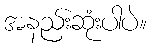
အနည်းဆုံးပါပဲ။